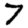
Digit: 7